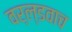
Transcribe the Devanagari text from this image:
वर्ल्डवाच